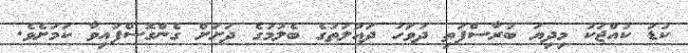
ކުޑަ ކުއްޖަކު މިދިޔަ ބުރާސްފަތި ދުވަހު ދައުލަތުގެ ބެލުމުގެ ދަށަށް ގެންގޮސްފައިވާ ކަމަށެވެ.